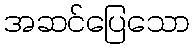
အဆင်ပြေသော